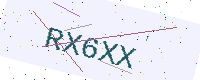
Text: RX6XX